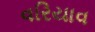
વરિયાવ